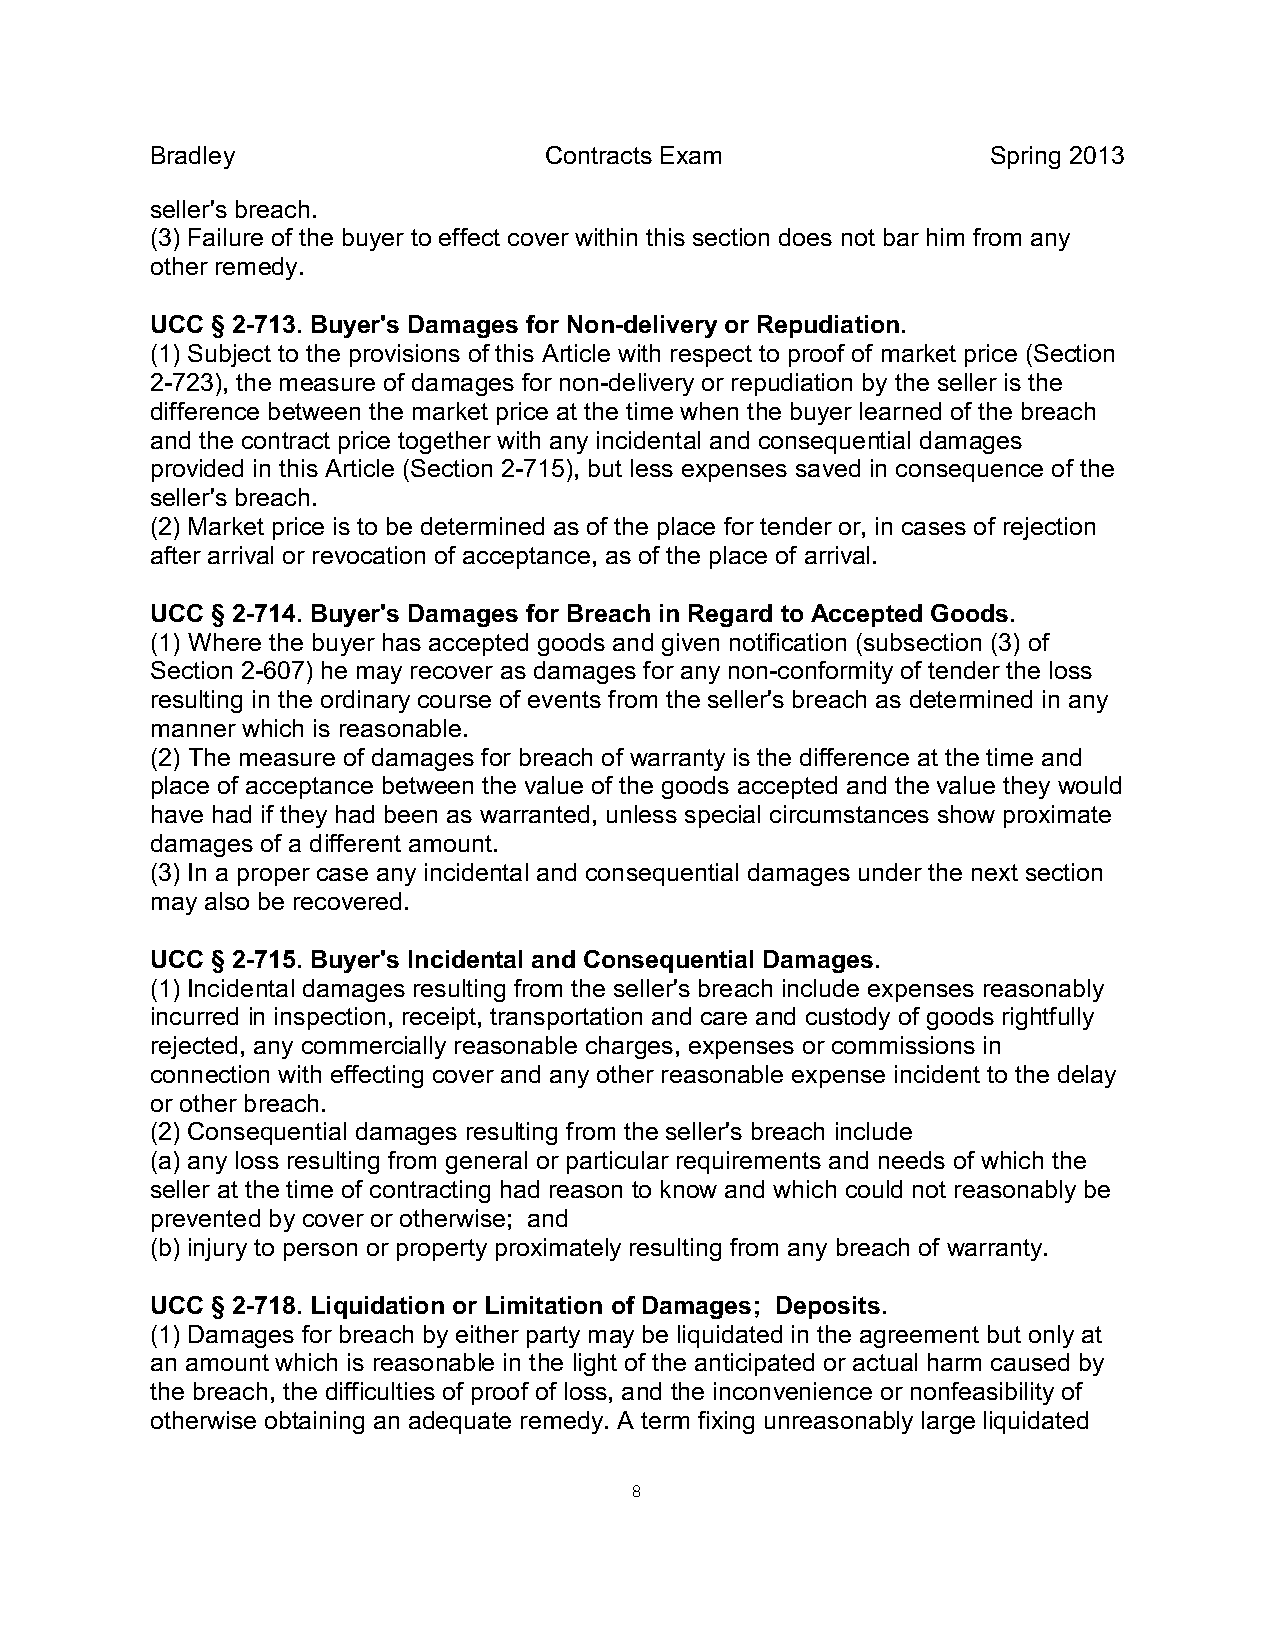
Bradley                   Contracts Exam                Spring 2013
 seller's breach.
 (3) Failure of the buyer to effect cover within this section does not bar him from any
 other remedy.
 UCC § 2-713. Buyer's Damages for Non-delivery or Repudiation.
 (1) Subject to the provisions of this Article with respect to proof of market price (Section
 2-723), the measure of damages for non-delivery or repudiation by the seller is the
 difference between the market price at the time when the buyer learned of the breach
 and the contract price together with any incidental and consequential damages
 provided in this Article (Section 2-715), but less expenses saved in consequence of the
 seller's breach.
 (2) Market price is to be determined as of the place for tender or, in cases of rejection
 after arrival or revocation of acceptance, as of the place of arrival.
 UCC § 2-714. Buyer's Damages for Breach in Regard to Accepted Goods.
 (1) Where the buyer has accepted goods and given notification (subsection (3) of
 Section 2-607) he may recover as damages for any non-conformity of tender the loss
 resulting in the ordinary course of events from the seller's breach as determined in any
 manner which is reasonable.
 (2) The measure of damages for breach of warranty is the difference at the time and
 place of acceptance between the value of the goods accepted and the value they would
 have had if they had been as warranted, unless special circumstances show proximate
 damages of a different amount.
 (3) In a proper case any incidental and consequential damages under the next section
 may also be recovered.
 UCC § 2-715. Buyer's Incidental and Consequential Damages.
 (1) Incidental damages resulting from the seller's breach include expenses reasonably
 incurred in inspection, receipt, transportation and care and custody of goods rightfully
 rejected, any commercially reasonable charges, expenses or commissions in
 connection with effecting cover and any other reasonable expense incident to the delay
 or other breach.
 (2) Consequential damages resulting from the seller's breach include
 (a) any loss resulting from general or particular requirements and needs of which the
 seller at the time of contracting had reason to know and which could not reasonably be
 prevented by cover or otherwise; and
 (b) injury to person or property proximately resulting from any breach of warranty.
 UCC § 2-718. Liquidation or Limitation of Damages; Deposits.
 (1) Damages for breach by either party may be liquidated in the agreement but only at
 an amount which is reasonable in the light of the anticipated or actual harm caused by
 the breach, the difficulties of proof of loss, and the inconvenience or nonfeasibility of
 otherwise obtaining an adequate remedy. A term fixing unreasonably large liquidated
 8